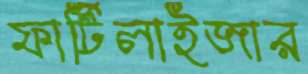
ফার্টিলাইজার